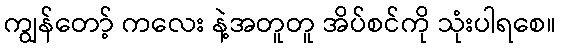
ကျွန်တော့် ကလေး နဲ့အတူတူ အိပ်စင်ကို သုံးပါရစေ။